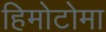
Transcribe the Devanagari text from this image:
हिमोटोमा